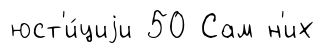
юст'и́циjи 50 Сам н'их